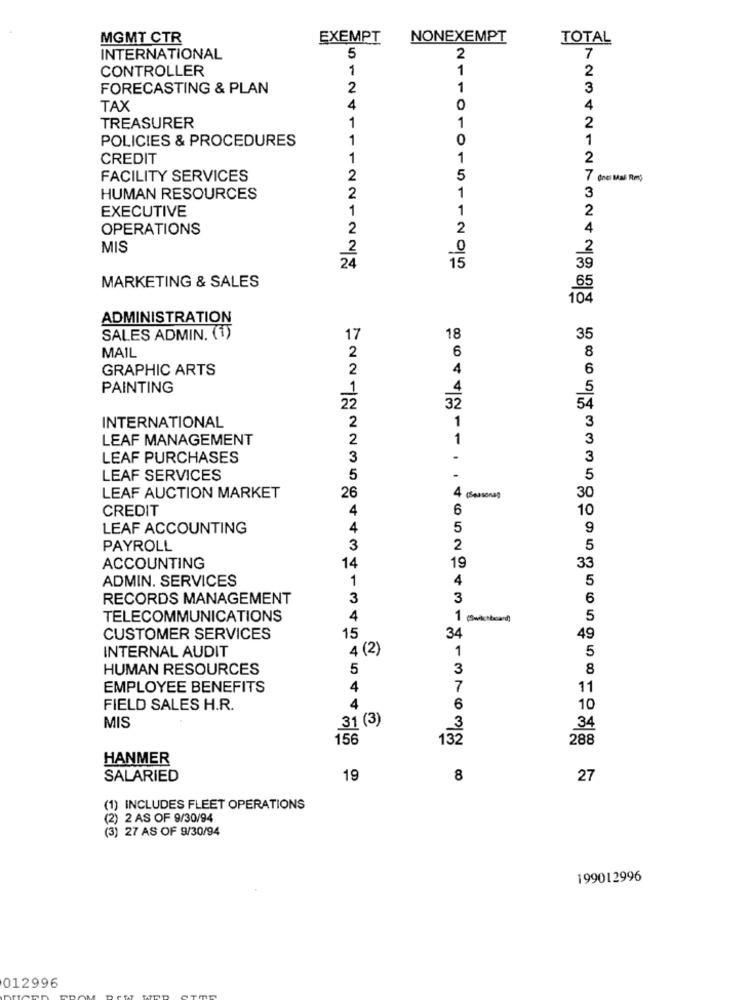
MGMT CTR
EXEMPT
NONEXEMPT
TOTAL
INTERNATIONAL
5
2
7
CONTROLLER
1
1
2
FORECASTING & PLAN
2
1
3
TAX
4
O
4
2
TREASURER
1
1
POLICIES & PROCEDURES
1
0
1
CREDIT
1
1
2
FACILITY SERVICES
2
5
7 (nel Mal Rm)
HUMAN RESOURCES
2
1
3
EXECUTIVE
1
2
1
OPERATIONS
2
2
4
MIS
2
0
2
24
15
39
65
MARKETING & SALES
104
ADMINISTRATION
SALES ADMIN. (1)
17
18
35
MAIL
8
2
6
GRAPHIC ARTS
4
6
2
PAINTING
1
4
5
22
32
54
3
INTERNATIONAL
2
1
LEAF MANAGEMENT
2
1
3
LEAF PURCHASES
3
.
3
-
LEAF SERVICES
5
5
LEAF AUCTION MARKET
26
30
CREDIT
4
6
10
LEAF ACCOUNTING
4
5
9
PAYROLL
3
2
5
19
ACCOUNTING
14
33
ADMIN. SERVICES
1
4
5
RECORDS MANAGEMENT
3
3
6
TELECOMMUNICATIONS
4
1 (Switchboard)
5
CUSTOMER SERVICES
15
34
49
4 (2)
1
INTERNAL AUDIT
5
HUMAN RESOURCES
5
3
8
EMPLOYEE BENEFITS
4
7
11
FIELD SALES H.R.
4
6
10
31 (3)
MIS
34
156
132
288
HANMER
SALARIED
19
8
27
(1) INCLUDES FLEET OPERATIONS
(2) 2 AS OF 9/30/94
(3) 27 AS OF 9/30/94
199012996
012996